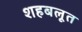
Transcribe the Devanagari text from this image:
शहबलूत